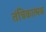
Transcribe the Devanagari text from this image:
तंत्रिकात्मक